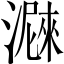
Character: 𤀛